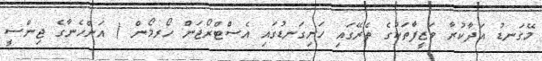
މޭގަނޑު އަދާކުރާ ވަޒީފާތަކުގެ ތެރޭގައި ހަށިގަނޑުގައި އެސްޓްރޯޖަން ހޯރމޯން ( އަންހެނާގެ ޖިންސީ